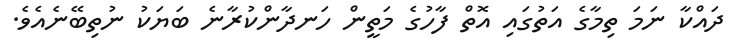
ދައްކާ ނަމަ ތިމާގެ އަތުގައި އޮތް ފާހުގެ މަތީން ހަނދާންކުރާނެ ބަޔަކު ނުތިބޭނެއެވެ.